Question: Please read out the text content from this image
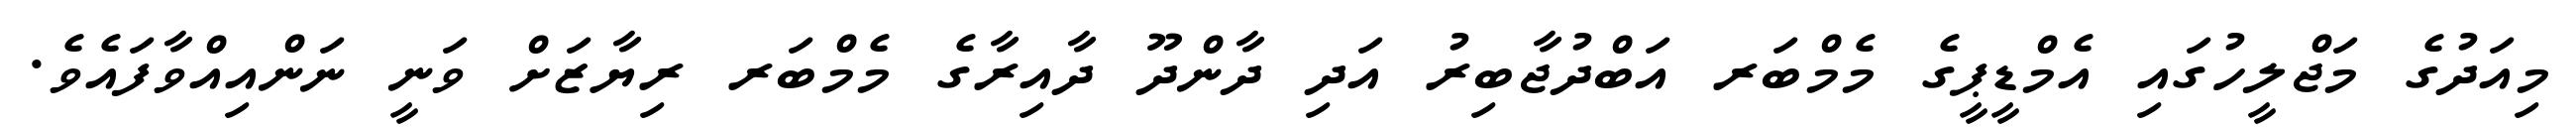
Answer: މިއަދުގެ މަޖްލީހުގައި އެމްޑީޕީގެ މެމްބަރ އަބްދުޖާބިރު އަދި ދާންދޫ ދާއިރާގެ މެމްބަރ ރިޔާޒަށް ވަނީ ނަންއިއްވާފައެވެ.